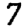
Digit: 7